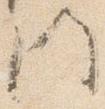
門